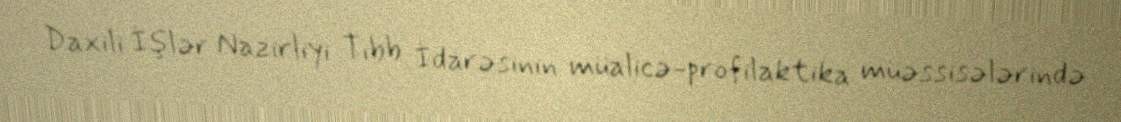
Daxili İşlər Nazirliyi Tibb İdarəsinin müalicə-profilaktika müəssisələrində